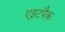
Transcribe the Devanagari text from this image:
एइटपैक